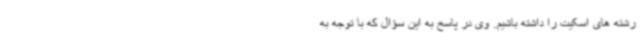
رشته های اسکیت را داشته باشیم. وی در پاسخ به این سؤال که با توجه به